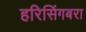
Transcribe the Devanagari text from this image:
हरिसिंगबरा